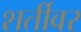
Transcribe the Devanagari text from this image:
शर्तीवर